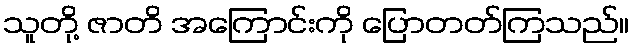
သူတို့ ဇာတိ အကြောင်းကို ပြောတတ်ကြသည်။